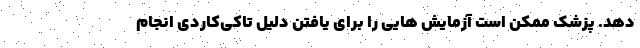
دهد. پزشک ممکن است آزمایش هایی را برای یافتن دلیل تاکی‌کاردی انجام